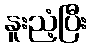
နူးညံ့ပြီး